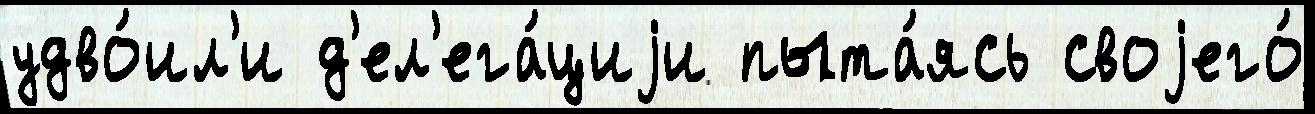
удво́ил'и д'ел'ега́циjи пыта́ясь своjего́